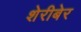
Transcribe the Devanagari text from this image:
शेरीबेर